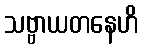
သဗ္ဗာယတနေဟိ